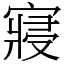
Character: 寢